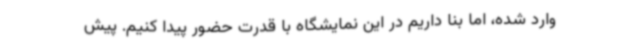
وارد شده، اما بنا داریم در این نمایشگاه با قدرت حضور پیدا کنیم. پیش